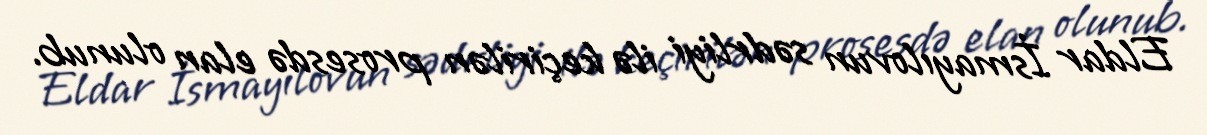
Eldar İsmayılovun sədrliyi ilə keçirilən prosesdə elan olunub.